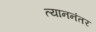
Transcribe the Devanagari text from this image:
त्याननंतर